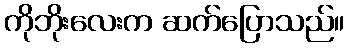
ကိုဘိုးလေးက ဆက်ပြောသည်။